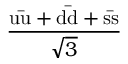
\frac { \mathrm { u { \bar { u } } + d { \bar { d } } + s { \bar { s } } } } { \sqrt { 3 } }